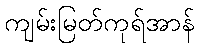
ကျမ်းမြတ်ကုရ်အာန်